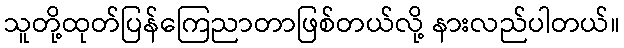
သူတို့ထုတ်ပြန်ကြေညာတာဖြစ်တယ်လို့ နားလည်ပါတယ်။